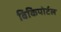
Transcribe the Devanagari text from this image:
विकिपोर्टल